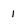
Character: 1